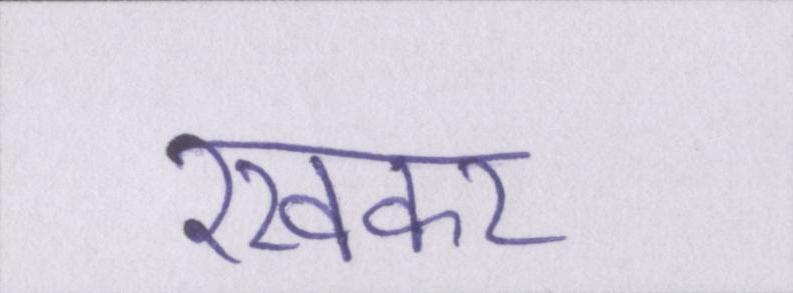
रखकर